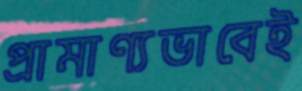
প্রামাণ্যভাবেই